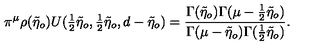
\pi ^ { \mu } \rho ( \tilde { \eta } _ { o } ) U ( { \textstyle { \frac { 1 } { 2 } } } \tilde { \eta } _ { o } , { \textstyle { \frac { 1 } { 2 } } } \tilde { \eta } _ { o } , d - \tilde { \eta } _ { o } ) = \frac { \Gamma ( \tilde { \eta } _ { o } ) \Gamma ( \mu - \frac { 1 } { 2 } \tilde { \eta } _ { o } ) } { \Gamma ( \mu - \tilde { \eta } _ { o } ) \Gamma ( \frac { 1 } { 2 } \tilde { \eta } _ { o } ) } .